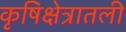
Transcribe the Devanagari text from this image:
कृषिक्षेत्रातली